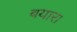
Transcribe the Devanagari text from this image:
बयार।